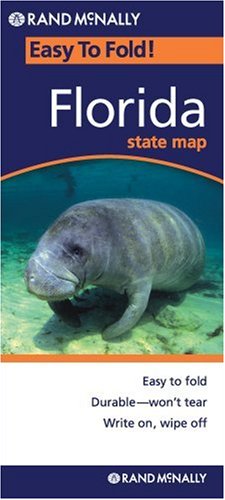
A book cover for Rand McNally Florida: Highways & Intersections (EasyFinder) laminated; Rand McNally; Reference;